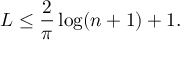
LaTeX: L \leq { \frac { 2 } { \pi } } \log ( n + 1 ) + 1 .